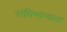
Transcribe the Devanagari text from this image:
संधिमान्यता